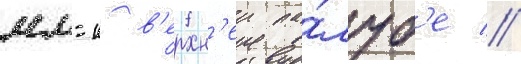
мм-к в'ерхн'еи па́луб'е //